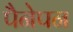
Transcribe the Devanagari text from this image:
पैनेपन